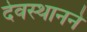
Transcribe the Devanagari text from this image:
देवस्थानने